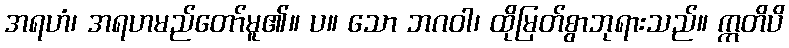
အရဟံ၊ အရဟမည်တော်မူ၏။ ပ။ သော ဘဂဝါ၊ ထိုမြတ်စွာဘုရားသည်။ ဣတိပိ